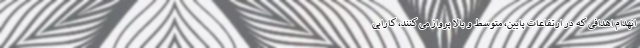
انهدام اهدافی که در ارتفاعات پایین، متوسط و بالا پرواز می کنند، کارایی